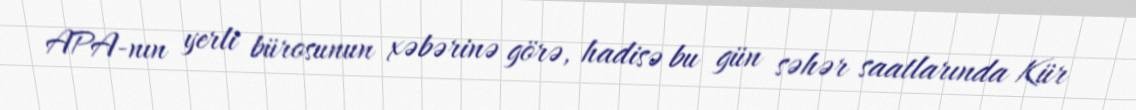
APA-nın yerli bürosunun xəbərinə görə, hadisə bu gün səhər saatlarında Kür